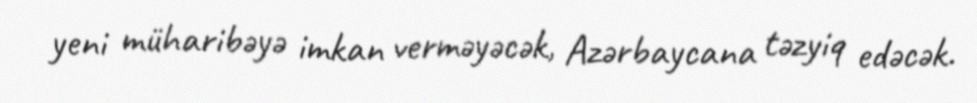
yeni müharibəyə imkan verməyəcək, Azərbaycana təzyiq edəcək.